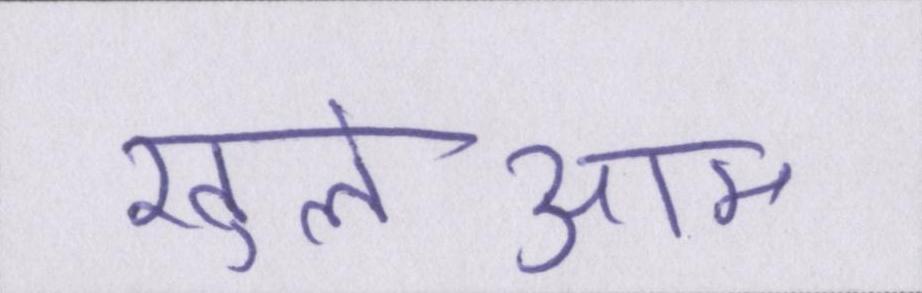
खुलेआम